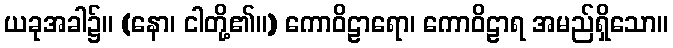
ယခုအခါ၌။ (နော၊ ငါတို့၏။) ကောဝိဠာရော၊ ကောဝိဠာရ အမည်ရှိသော။